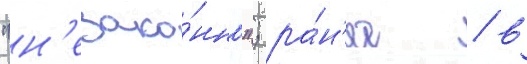
"н'езако́нно"; ра́н'ее / в